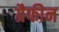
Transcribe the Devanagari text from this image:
ग्रैफीन